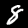
Label: 8